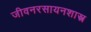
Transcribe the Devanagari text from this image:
जीवनरसायनशास्त्र